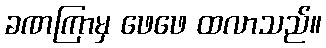
ခဏကြာမှ ဖေဖေ ထလာသည်။